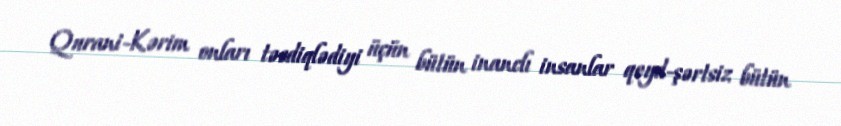
Qurani-Kərim onları təsdiqlədiyi üçün bütün inanclı insanlar qeyd-şərtsiz bütün